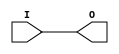
module IBUFG_LVDCI_DV2_15 (O, I);

    output O;

    input  I;

	buf B1 (O, I);


endmodule